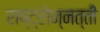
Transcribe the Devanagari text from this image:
राष्ट्रोन्नत्ती